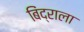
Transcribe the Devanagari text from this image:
बिंद्राला